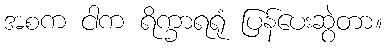
အစက ငါက ရိက္ခာရရုံ ပြန်ပေးဆွဲတာ။